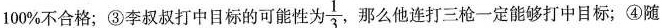
100\%不合格；③李叔叔打中目标的可能性为\frac{1}{3}，那么他连打三枪一定能够打中目标；④随